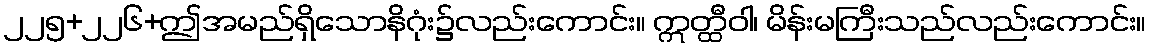
၂၂၅+၂၂၆+ဤအမည်ရှိသောနိဂုံး၌လည်းကောင်း။ ဣတ္ထီဝါ၊ မိန်းမကြီးသည်လည်းကောင်း။